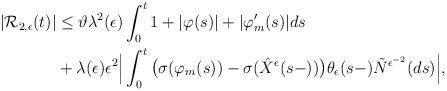
LaTeX: \begin{align*}\begin{aligned}|\mathcal{R}_{2,\epsilon}(t)|&\leq\vartheta\lambda^{2}(\epsilon)\int^{t}_{0}1+|\varphi(s)|+|\varphi'_m(s)|ds\\&+\lambda(\epsilon)\epsilon^{2}\Big|\int^{t}_{0}\big(\sigma(\varphi_{m}(s))-\sigma(\hat{X}^{\epsilon}(s-))\big)\theta_{\epsilon}(s-)\tilde{N}^{\epsilon^{-2}}(ds)\Big|,\end{aligned}\end{align*}